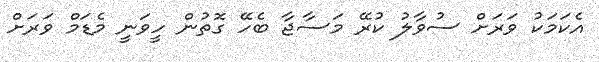
އެކަމަކު ވަރަށް ސުވާލު ކުރޭ މަސާޖާ ބެހޭ ގޮތުން ހީވަނީ މެޑަމް ވަރަށް